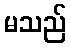
မသည်